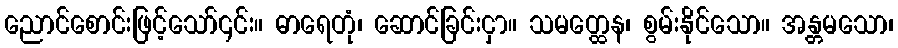
ညောင်စောင်းဖြင့်သော်၎င်း။ ဓာရေတုံ၊ ဆောင်ခြင်းငှာ။ သမတ္ထေန၊ စွမ်းနိုင်သော။ အန္တမသော၊